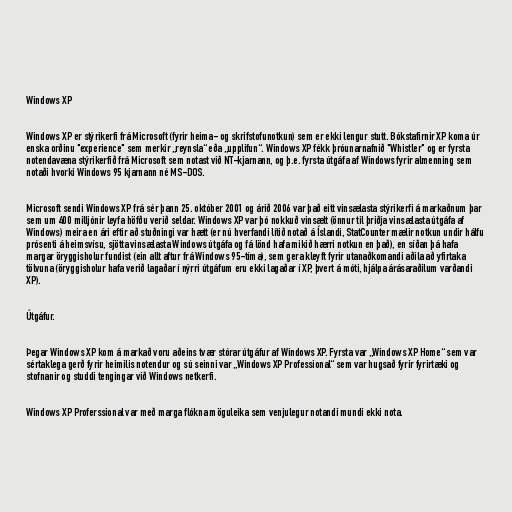
Windows XP

Windows XP er stýrikerfi frá Microsoft (fyrir heima- og skrifstofunotkun) sem er ekki lengur stutt. Bókstafirnir XP koma úr
enska orðinu "experience" sem merkir „reynsla“ eða „upplifun“. Windows XP fékk þróunarnafnið "Whistler" og er fyrsta
notendavæna stýrikerfið frá Microsoft sem notast við NT-kjarnann, og þ.e. fyrsta útgáfa af Windows fyrir almenning sem
notaði hvorki Windows 95 kjarnann né MS-DOS.

Microsoft sendi Windows XP frá sér þann 25. október 2001 og árið 2006 var það eitt vinsælasta stýrikerfi á markaðnum þar
sem um 400 milljónir leyfa höfðu verið seldar. Windows XP var þó nokkuð vinsælt (önnur til þriðja vinsælasta útgáfa af
Windows) meira en ári eftir að stuðningi var hætt (er nú hverfandi lítið notað á Íslandi, StatCounter mælir notkun undir hálfu
prósenti á heimsvísu, sjötta vinsælasta Windows útgáfa og fá lönd hafa mikið hærri notkun en það), en síðan þá hafa
margar öryggisholur fundist (ein allt aftur frá Windows 95-tíma), sem gera kleyft fyrir utanaðkomandi aðila að yfirtaka
tölvuna (öryggisholur hafa verið lagaðar í nýrri útgáfum eru ekki lagaðar í XP, þvert á móti, hjálpa árásaraðilum varðandi
XP).

Útgáfur.

Þegar Windows XP kom á markað voru aðeins tvær stórar útgáfur af Windows XP. Fyrsta var „Windows XP Home“ sem var
sértaklega gerð fyrir heimilis notendur og sú seinni var „Windows XP Professional“ sem var hugsað fyrir fyrirtæki og
stofnanir og studdi tengingar við Windows netkerfi.

Windows XP Proferssional var með marga flókna möguleika sem venjulegur notandi mundi ekki nota.